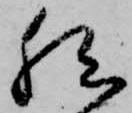
然